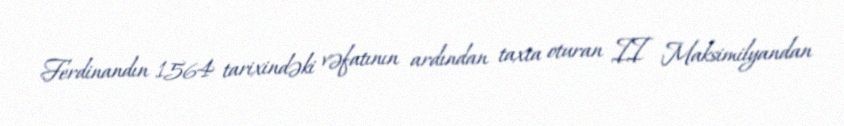
Ferdinandın 1564 tarixindəki vəfatının ardından taxta oturan II Maksimilyandan